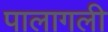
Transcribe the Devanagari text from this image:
पालागली